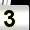
Digit: 3